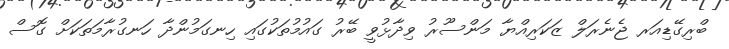
ބްރިގޭޑިއަރ ޖެނެރަލް ޒަކަރިއްޔާ މަންސޫރު ވިދާޅުވީ ބޭރު ގައުމުތަކުގައި ހިނގަމުންދާ ހަނގުރާމަތަކަށް ގޮސް